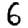
Digit: 6